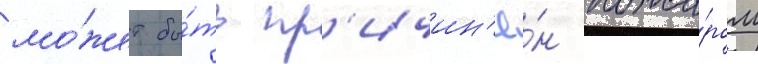
мо́жет бы́ть пр'ичин'ё́н пожа́ром